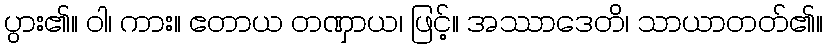
ပွား၏။ ဝါ၊ ကား။ ဧတာယ တဏှာယ၊ ဖြင့်။ အဿာဒေတိ၊ သာယာတတ်၏။